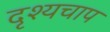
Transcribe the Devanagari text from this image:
दृश्यचाप